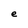
Character: e